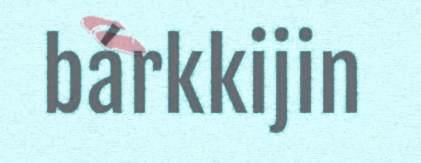
bárkkijin